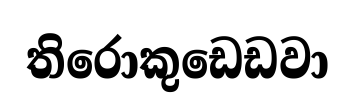
තිරොකුඩෙඩවා